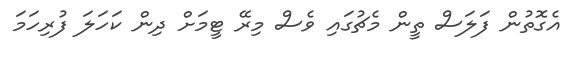
އެގޮތުން ފަލަސް ތީން މެޗުގައި ވެސް މިރޭ ޓީމަށް ދިން ކަހަލަ ފުރިހަމަ